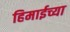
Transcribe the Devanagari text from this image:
हिमाईच्या